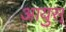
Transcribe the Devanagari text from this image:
आयुस्